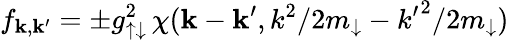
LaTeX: f_{\mathbf k,\mathbf k^{\prime}}=\pm g_{\uparrow\downarrow}^{2}\, \chi(\mathbf{k}-\mathbf{k}^{\prime},k^{2}/2m_{\downarrow}-{k^{\prime}}^{2}/2m_{\downarrow})